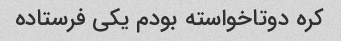
کره دوتاخواسته بودم یکی فرستاده